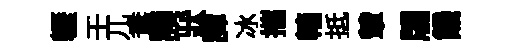
轣壬兀鴦謨狀譚冰攜轖抵輦牖饑